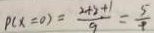
P ( x = 0 ) = \frac { 2 + 2 + 1 } { 9 } = \frac { 5 } { 9 }